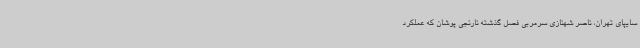
سایپای تهران، ناصر شهنازی سرمربی فصل گذشته نارنجی‌ پوشان که عملکرد